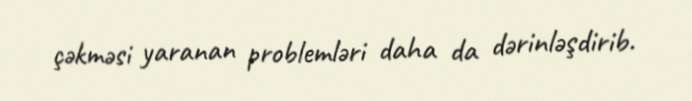
çəkməsi yaranan problemləri daha da dərinləşdirib.